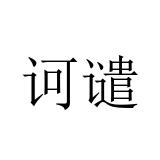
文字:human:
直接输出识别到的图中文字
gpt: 诃谴